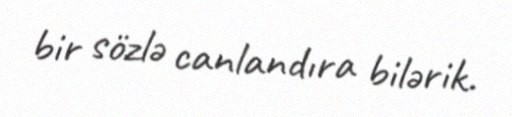
bir sözlə canlandıra bilərik.